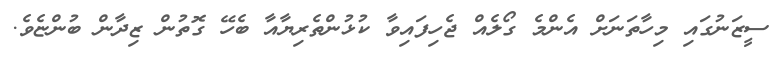
ސީޒަނުގައި މިހާތަނަށް އެންމެ ގޯލެއް ޖެހިފައިވާ ކުޅުންތެރިޔާއާ ބެހޭ ގޮތުން ޒިދާން ބުންޏެވެ.